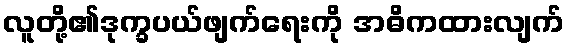
လူတို့၏ဒုက္ခပယ်ဖျက်ရေးကို အဓိကထားလျက်